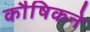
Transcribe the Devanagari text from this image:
कौषिकने